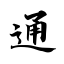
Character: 通